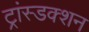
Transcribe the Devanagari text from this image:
ट्रांस्डक्शन